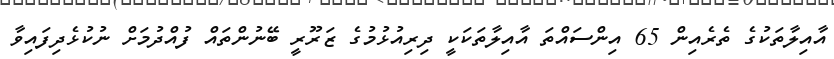
އާއިލާތަކުގެ ތެރެއިން 65 އިންސައްތަ އާއިލާތަކަކީ ދިރިއުޅުމުގެ ޒަރޫރީ ބޭނުންތައް ފުއްދުމަށް ނުކުޅެދިފައިވާ